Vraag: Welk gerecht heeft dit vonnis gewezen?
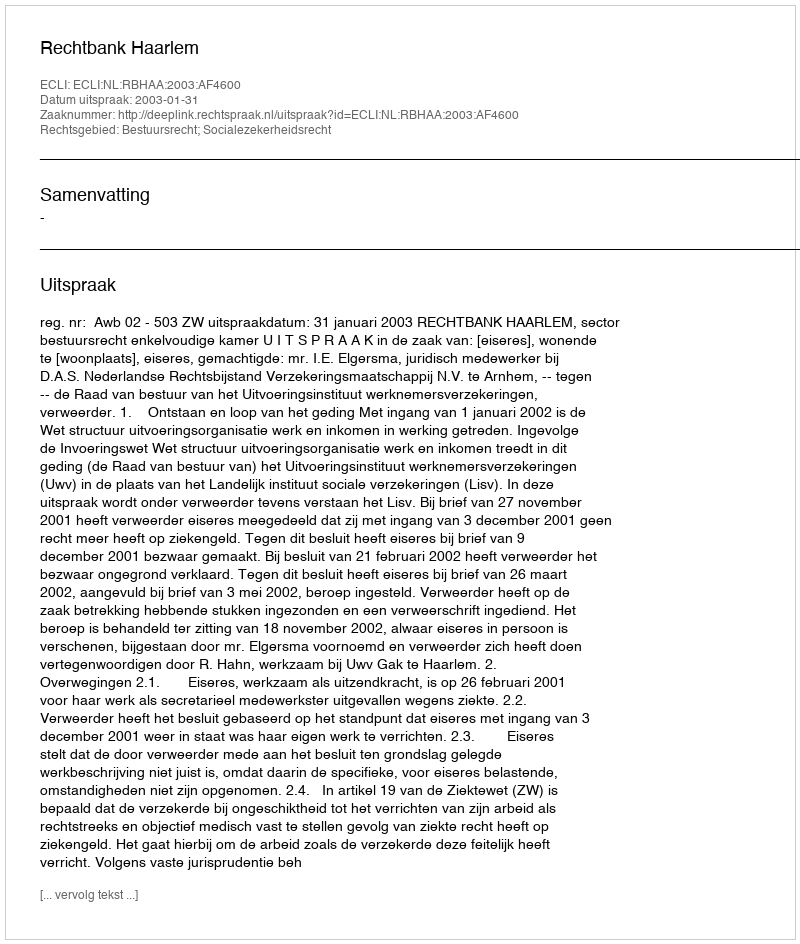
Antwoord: Rechtbank Haarlem